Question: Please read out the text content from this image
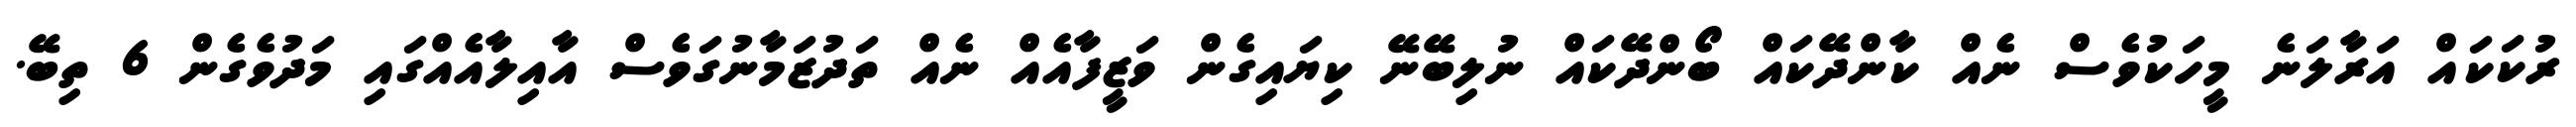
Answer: ރުކަކައް އަރާލަނެ މީހަކުވެސް ނެއް ކާންދޭކައް ބޯންދޭކައް ނުލިބޭނޭ ކިޔައިގެން ވަޒީފާއެއް ނެއް ތަދުޒަމާނުގަވެސް އާއިލާއެއްގައި މަދުވެގެން 6 ތިބޭ.